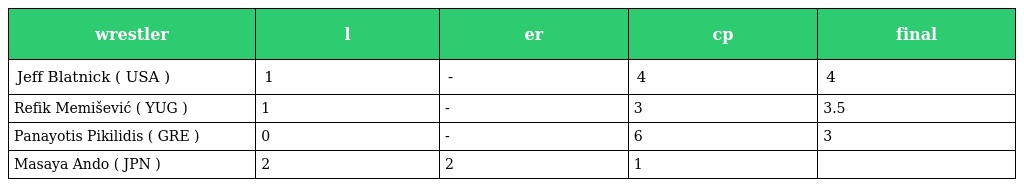
| wrestler | l | er | cp | final |
 | --- | --- | --- | --- | --- |
 | Jeff Blatnick ( USA ) | 1 | - | 4 | 4 |
 | Refik Memišević ( YUG ) | 1 | - | 3 | 3.5 |
 | Panayotis Pikilidis ( GRE ) | 0 | - | 6 | 3 |
 | Masaya Ando ( JPN ) | 2 | 2 | 1 |  |